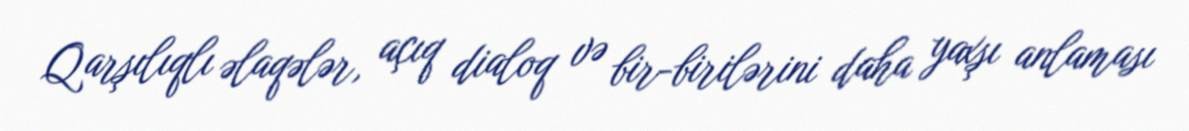
Qarşılıqlı əlaqələr, açıq dialoq və bir-birilərini daha yaxşı anlaması